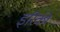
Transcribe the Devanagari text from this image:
इरिकी